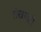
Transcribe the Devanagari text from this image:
लेखणही